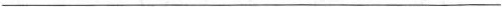
___